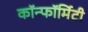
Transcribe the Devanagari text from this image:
कॉन्फॉर्मिटी